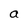
Character: a